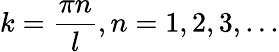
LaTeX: k=\frac{\pi n}{l},n=1,2,3,...